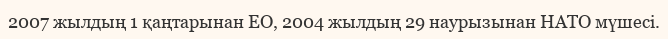
2007 жылдың 1 қаңтарынан ЕО, 2004 жылдың 29 наурызынан НАТО мүшесі.